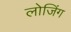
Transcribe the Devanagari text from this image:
लोजिंग